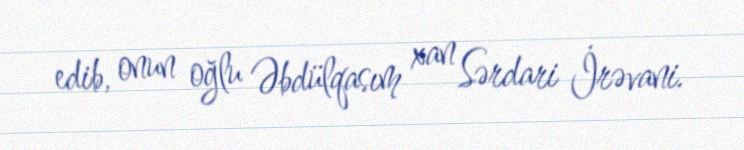
edib, onun oğlu Əbdülqasım xan Sərdari İrəvani.